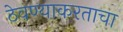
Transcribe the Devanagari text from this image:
ठेवण्याकरताचा